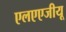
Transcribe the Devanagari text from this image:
एलएएजीयू